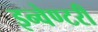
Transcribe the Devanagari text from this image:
इन्वेण्टरी